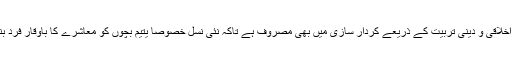
الخدمت جہاں یتیم بچوں کی کفالت کا کام کررہی ہے، وہیں یہ ان کی سماجی، اخلاقی و دینی تربیت کے ذریعے کردار سازی میں بھی مصروف ہے تاکہ نئی نسل خصوصاً یتیم بچوں کو معاشرے کا باوقار فرد بنایا جاسکے اور وہ بڑے ہوکر منظم انداز میں عملی زندگی کا حصہ بن سکیں۔